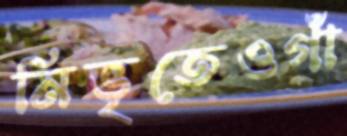
নিভৃতেওগাঁ